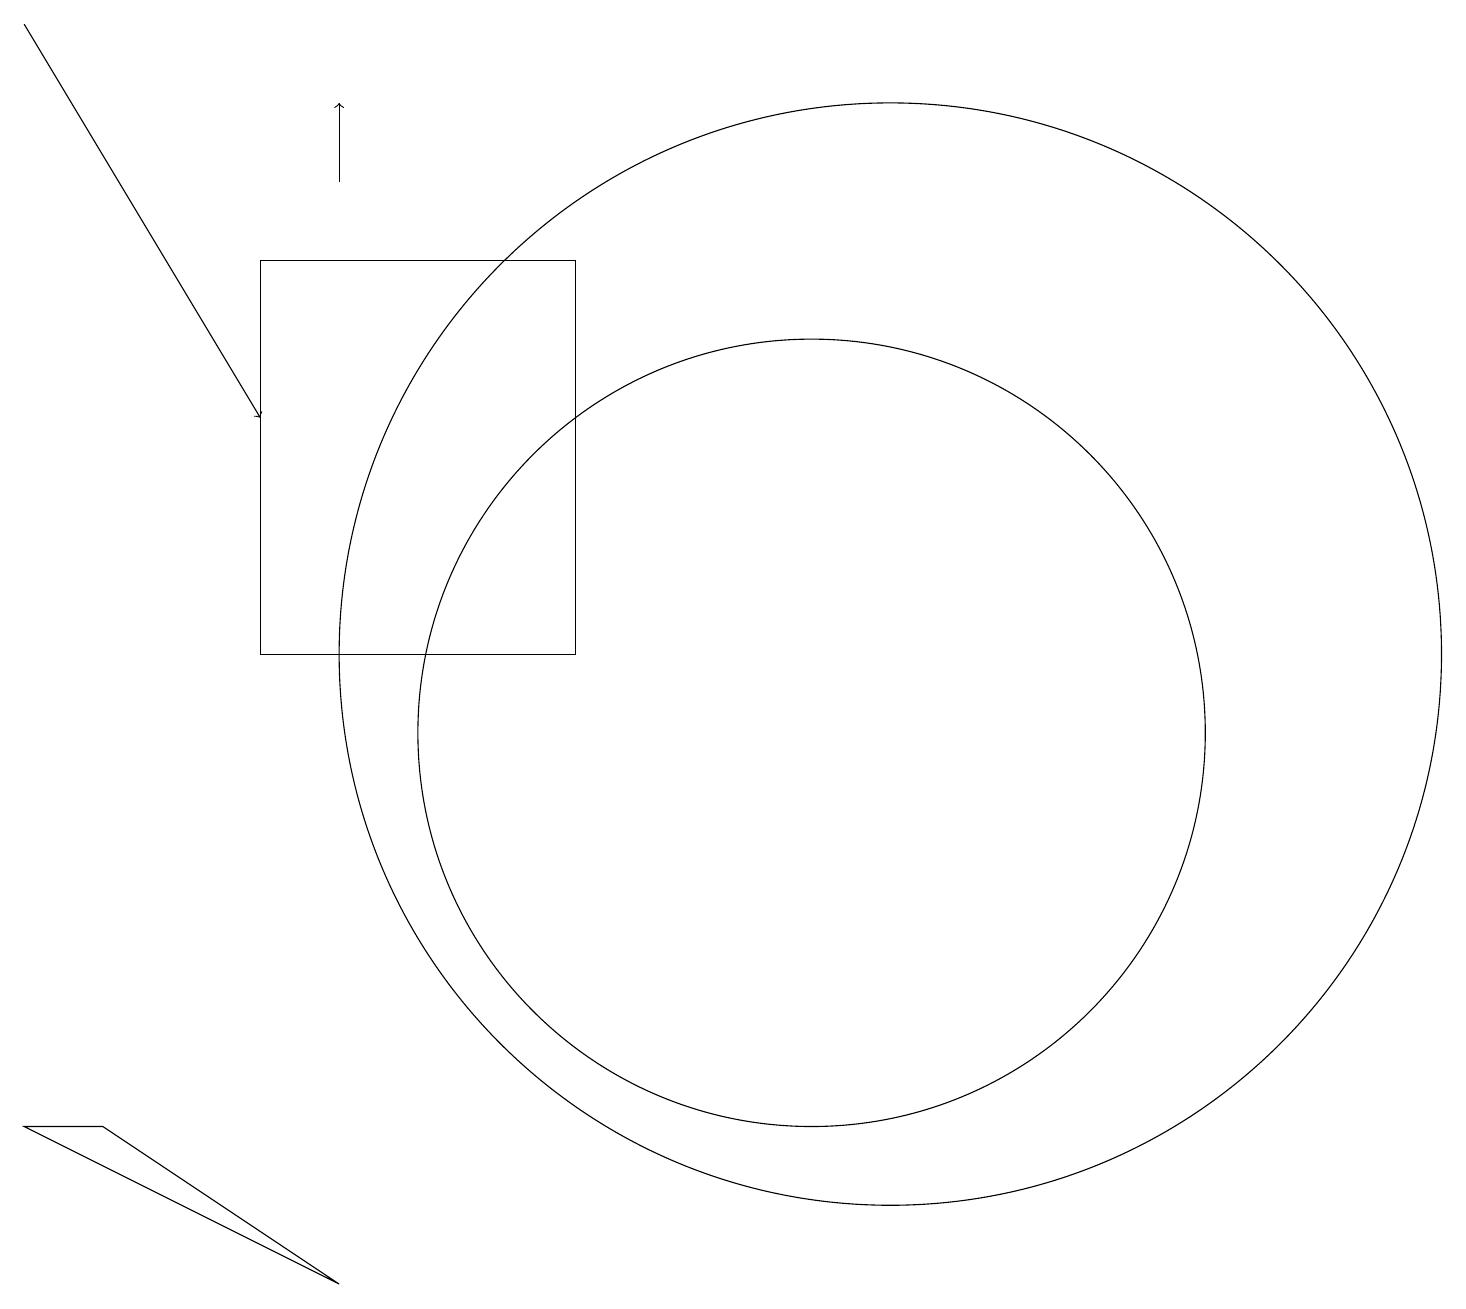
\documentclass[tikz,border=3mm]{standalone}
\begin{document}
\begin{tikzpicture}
\draw (4,3) -- (1,5) -- (0,5) -- cycle;
\draw[->] (4,17) -- (4,18);
\draw (11,11) circle (7);
\draw[->] (0,19) -- (3,14);
\draw (3,11) rectangle (7,16);
\draw (10,10) circle (5);
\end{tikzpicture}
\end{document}